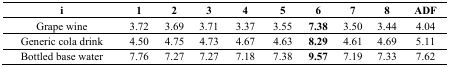
<table><thead><tr><td><b>i</b></td><td><b>1</b></td><td><b>2</b></td><td><b>3</b></td><td><b>4</b></td><td><b>5</b></td><td><b>6</b></td><td><b>7</b></td><td><b>8</b></td><td><b>ADF</b></td></tr></thead><tbody><tr><td>Grape wine</td><td>3.72</td><td>3.69</td><td>3.71</td><td>3.37</td><td>3.55</td><td><b>7.38</b></td><td>3.50</td><td>3.44</td><td>4.04</td></tr><tr><td>Generic cola drink</td><td>4.50</td><td>4.75</td><td>4.73</td><td>4.67</td><td>4.63</td><td><b>8.29</b></td><td>4.61</td><td>4.69</td><td>5.11</td></tr><tr><td>Bottled base water</td><td>7.76</td><td>7.27</td><td>7.27</td><td>7.18</td><td>7.38</td><td><b>9.57</b></td><td>7.19</td><td>7.33</td><td>7.62</td></tr></tbody></table>